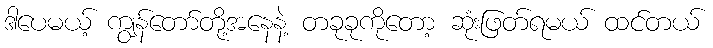
ဒါပေမယ့် ကျွန်တော်တို့အနေနဲ့ တခုခုကိုတော့ ဆုံးဖြတ်ရမယ် ထင်တယ်